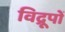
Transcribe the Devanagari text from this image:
विद्रूपों